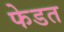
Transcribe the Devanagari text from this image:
फेडत